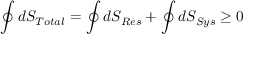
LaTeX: \oint d S _ { T o t a l } = \oint d S _ { R e s } + \oint d S _ { S y s } \geq 0